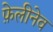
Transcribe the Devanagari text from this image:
फ़ेलीनेव